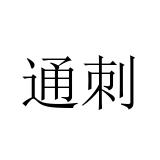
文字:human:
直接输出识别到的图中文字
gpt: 通刺